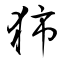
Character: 犻